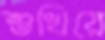
শুখিয়ে